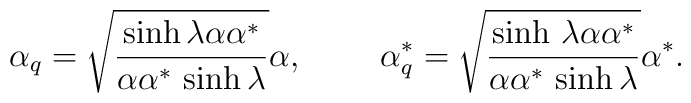
\alpha _{q}=\sqrt {\frac {\sinh \lambda \alpha \alpha ^{*}}{\alpha \alpha ^{*} \,\sinh \lambda }} \alpha ,~~~~~~~\alpha ^{*}_{q} =\sqrt {\frac {\sinh \, \lambda \alpha \alpha ^{*}}{\alpha \alpha ^{*} \, \sinh \lambda }} \alpha ^{*}.